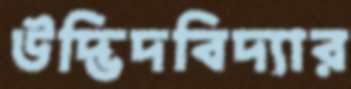
উদ্ভিদবিদ্যার